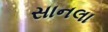
સાનલા